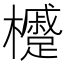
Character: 㰗